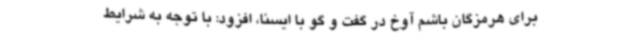
برای هرمزگان باشم آوخ در گفت و گو با ایسنا، افزود: با توجه به شرایط